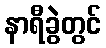
နာရီခွဲတွင်